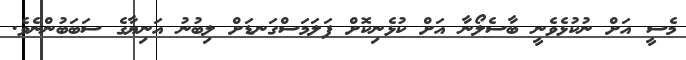
މެސީ އަށް ނުކުޅެވެނީ ބާސެލޯނާ އަށް ކުޅެނިކޮށް ފަލަމަސްގަނޑަށް ލިބުނު އަނިޔާގެ ސަބަބުންނެވެ.